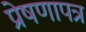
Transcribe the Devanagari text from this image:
प्रेषणापत्र